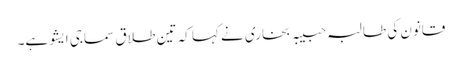
قانون کی طالبہ حبیبہ بخاری نے کہا کہ تین طلاق سماجی ایشو ہے۔